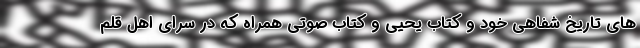
های تاریخ شفاهی خود و کتاب یحیی و کتاب صوتی همراه که در سرای اهل قلم